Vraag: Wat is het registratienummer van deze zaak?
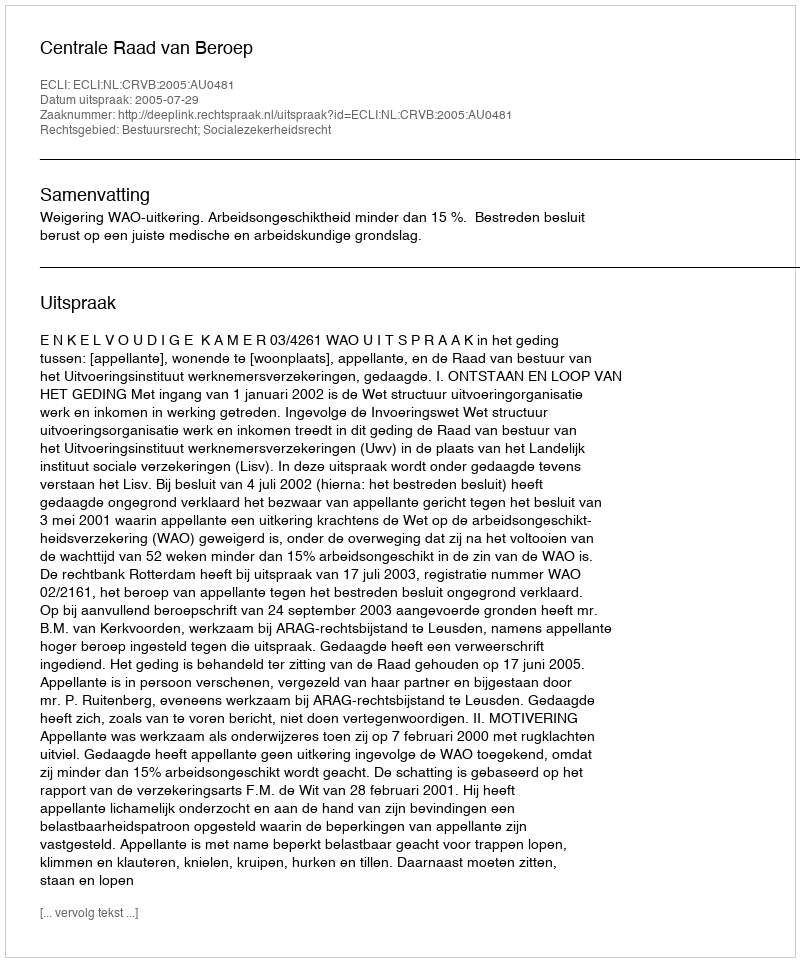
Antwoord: http://deeplink.rechtspraak.nl/uitspraak?id=ECLI:NL:CRVB:2005:AU0481